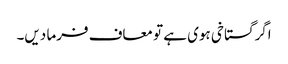
اگر گستاخی ہوی ہے تو معاف فرما دیں۔